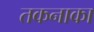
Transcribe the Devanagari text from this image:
तकनाका